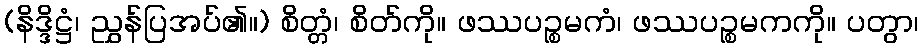
(နိဒ္ဒိဋ္ဌံ၊ ညွှန်ပြအပ်၏။) စိတ္တံ၊ စိတ်ကို။ ဖဿပဉ္စမကံ၊ ဖဿပဉ္စမကကို။ ပတွာ၊